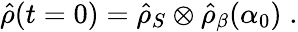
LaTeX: \hat{\rho}(t=0)=\hat{\rho}_{S}\otimes\hat{\rho}_{\beta}(\alpha_{0})\; .